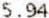
5.94